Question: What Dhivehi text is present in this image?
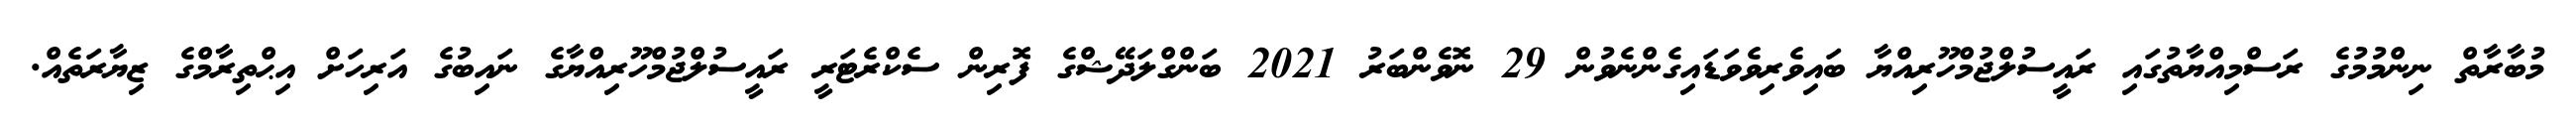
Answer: މުބާރާތް ނިންމުމުގެ ރަސްމިއްޔާތުގައި ރައީސުލްޖުމްހޫރިއްޔާ ބައިވެރިވެވަޑައިގެންނެވުން 29 ނޮވެންބަރު 2021 ބަންގްލަދޭޝްގެ ފޮރިން ސެކްރެޓަރީ ރައީސުލްޖުމްހޫރިއްޔާގެ ނައިބުގެ އަރިހަށް އިޙްތިރާމްގެ ޒިޔާރަތެއް.